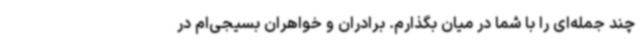
چند جمله‌ای را با شما در میان بگذارم. برادران و خواهران بسیجی‌ام در